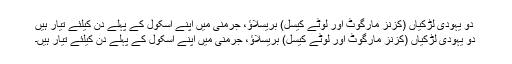
دو یہودی لڑکیاں (کزنز مارگوٹ اور لوٹے کیسل) بریسلاؤ، جرمنی میں اپنے اسکول کے پہلے دن کیلئے تیار ہیں
دو یہودی لڑکیاں (کزنز مارگوٹ اور لوٹے کیسل) بریسلاؤ، جرمنی میں اپنے اسکول کے پہلے دن کیلئے تیار ہیں۔